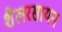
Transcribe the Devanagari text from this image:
शैलरसायन